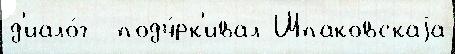
д'иало́г  подч́рк'ивал Шпаковскаjа